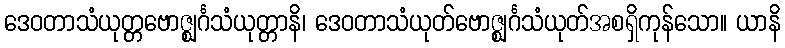
ဒေဝတာသံယုတ္တဗောဇ္ဈင်္ဂသံယုတ္တာနိ၊ ဒေဝတာသံယုတ်ဗောဇ္ဈင်္ဂသံယုတ်အစရှိကုန်သော။ ယာနိ